Lunatic asylums Punjab 1881-1894 - 1881-1894
Year: 1881
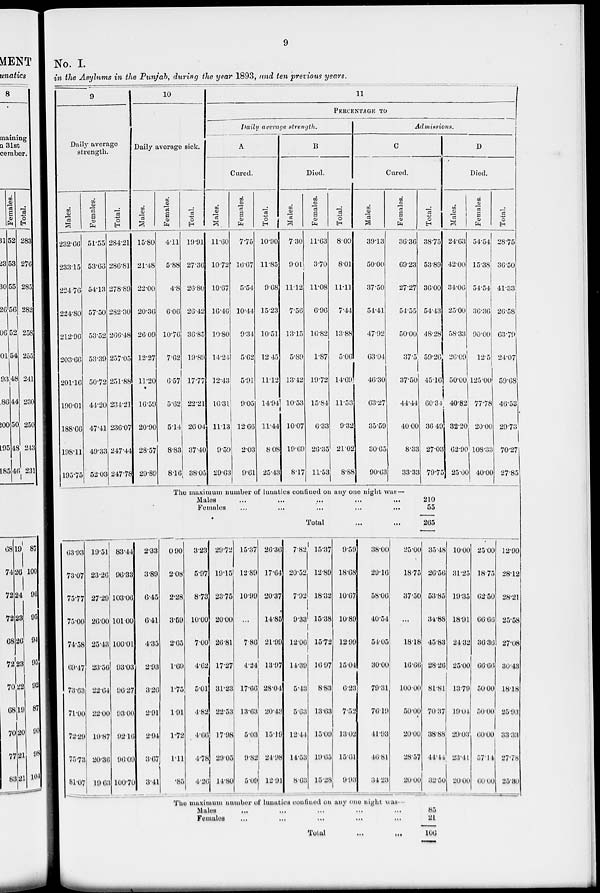
9
No. I.
in the Asylums in the Punjab, during the year 1893, and ten previous years.
9
Daily average
strength.
Males.
232.66
233.15
224.76
224.80
212.96
203.66
201.16
100.01
188.66
198.11
195.75
Females.
51.55
53.66
54.13
57.50
53.52
53.39
50.72
41.20
47.41
40.33
52.03
Total.
284.21
286.81
278.89
282.30
266.48
257.05
251.88
234.21
236.07
247.44
247.78
10
Daily average sick.
Males.
15.80
21.48
22.00
20.36
26.09
12.27
11.20
16.59
20.90
28.57
20.89
63.93
73.07
75.77
75.00
74.58
69.47
73.63
71.00
72.29
75.73
81.07
19.51
23.26
27.29
26.00
25.43
23.56
22.64
22.00
19.87
20.36
19.63
83.44
96.33
103.06
101.00
100.01
93.03
96.27
93.00
92.16
96.09
100.70
2.33
3.89
6.45
6.41
4.35
2.93
3.26
2.91
2.94
3.67
3.41
Females.
4.11
5.88
4.8
6.06
10.76
7.62
6.57
5.62
5.14
8.83
8.16
Total.
19.91
27.36
26.80
20.42
36.85
19.89
17.77
22.21
26.04
37.40
38.05
11
PERCENTAGE
TO
Daily average strength.
A
Cured.
Males.
11.60
10.72
10.67
16.46
10.80
14.24
12.43
16.31
11.13
9.59
29.63
Females.
7.75
16.67
5.54
10.44
9.34
5.62
5.91
9.05
12.66
2.03
9.61
Total.
10.90
11.85
9.68
15.23
10.51
12.45
11.12
14.94
11.44
8.08
25.43
B
Died.
Males.
7.30
9.01
11.12
7.56
13.15
5.89
13.42
10.53
10.07
19.69
8.17
Females.
11.63
3.70
11.08
6.96
16.82
1.87
19.72
15.84
6.33
26.35
11.53
Total.
8.09
8.01
11.11
7.44
13.88
5.06
14.69
11.53
9.32
21.02
8.88
Admissions.
C
Cured.
Males.
30.13
50.00
37.50
54.41
47.92
63.04
46.30
63.27
35.59
30.65
90.63
Females.
36.36
69.23
27.27
54.55
50.00
37.5
37.50
44.44
40.00
8.33
33.33
Total.
38.75
53.89
36.00
54.43
48.28
59.26
45.16
60.34
30.40
27.03
79.75
The maximum number of lunatics confined on any one night was —
Males ... ... ... ... ...
Females ... ... ... ... ...
Total ... ...
0.90
2.08
2.28
3.59
2.65
1.69
1.75
1.91
1.72
1.11
.85
3.23
5.97
8.73
10.00
7.00
4.62
5.01
4.82
4.66
4.78
4.26
29.72
19.15
23.75
20.00
26.81
17.27
31.23
22.53
17.98
29.05
14.80
15.37
12.89
10.99
...
7.86
4.24
17.66
13.63
5.03
9.82
5.09
26.36
17.64
20.37
14.85
21.99
13.97
28.04
20.43
15.19
24.98
12.91
7.82
20.52
7.92
9.33
12.06
14.39
5.43
5.63
12.44
14.53
8.63
15.37
12.89
18.32
15.38
15.72
16.97
8.83
13.63
15.09
19.65
15.28
9.59
18.68
10.67
10.89
12.99
1504
0.23
7.52
1302
1501
003
38.00
29.16
58.06
40.54
54.05
30.00
79.31
76.19
41.93
46.81
34.23
25.00
18.75
37.50
...
18.18
16.66
100.00
50.00
20.00
28.57
20.00
210
55
265
35.48
26.56
53.85
34.88
45.83
28.26
81.81
70.37
38.88
44.44
32.50
The maximum number of lunatics contined on any one night was..
Males ... ... ... ... ...
Females ... ... ... ... ...
Total ... ...
85
21
106
D
Died.
Males.
24.63
42.00
34.06
25.00
58.33
26.09
50.00
40.82
32.20
62.00
25.00
Females.
54.54
15.38
54.54
36.36
90.00
12.5
125.00
77.78
20.00
108.33
40.00
Total.
28.75
36.50
41.33
26.58
63.79
24.07
59.68
46.53
29.73
70.27
27.85
10.00
31.25
19.35
18.91
24.32
25.00
13.79
19.04
29.03
23.41
20.00
25.00
18.75
62.50
66.66
36.36
66.66
50.00
50.00
60.00
57.14
60.00
12.90
28.12
28.21
25.58
27.08
30.43
18.18
25.93
33.33
27.78
25.80